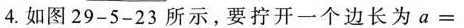
4.如图29-5-23所示，要拧开一个边长为a=